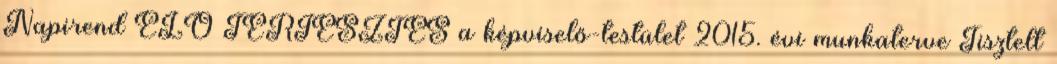
Napirend ELŐ TERJESZTÉS a képviselő-testület 2015. évi munkaterve Tisztelt